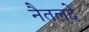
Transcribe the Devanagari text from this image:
नैतलदे